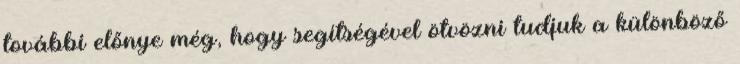
további előnye még, hogy segítségével ötvözni tudjuk a különböző